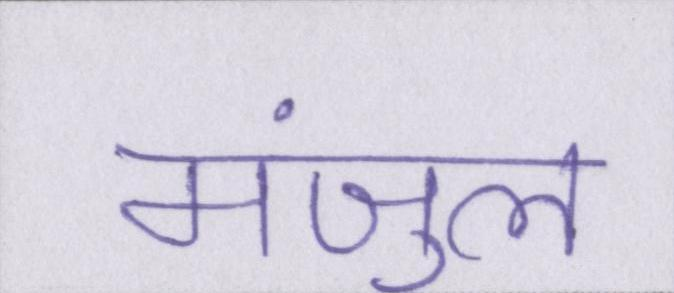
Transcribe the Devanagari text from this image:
मंजुल